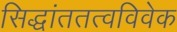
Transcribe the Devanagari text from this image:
सिद्धांततत्वविवेक